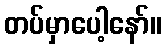
တပ်မှာပေါ့နော်။